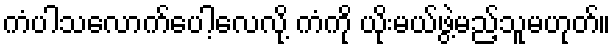
ကံပါသလောက်ပေါ့လေလို့ ကံကို ယိုးမယ်ဖွဲ့မည့်သူမဟုတ်။